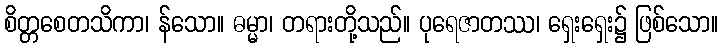
စိတ္တစေတသိကာ၊ န်သော။ ဓမ္မာ၊ တရားတို့သည်။ ပုရေဇာတဿ၊ ရှေးရှေး၌ ဖြစ်သော။